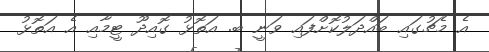
އެ މެޗުގައި ބައްދަލުކޮށްފައި ވަނީ ބ. އަތޮޅު ގޮއިދޫ ޓީމާއި އެ އަތޮޅު